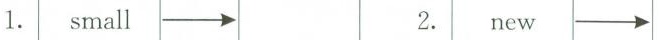
1. small \longrightarrow 2. new \longrightarrow